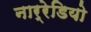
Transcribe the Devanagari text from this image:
नार्रेडियो